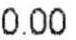
0.00